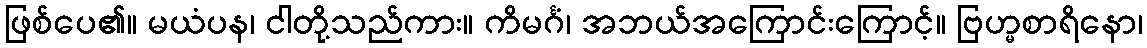
ဖြစ်ပေ၏။ မယံပန၊ ငါတို့သည်ကား။ ကိမင်္ဂံ၊ အဘယ်အကြောင်းကြောင့်။ ဗြဟ္မစာရိနော၊